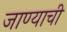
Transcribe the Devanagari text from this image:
जाण्‍याची